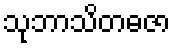
သုဘာသိတဓဇာ